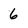
Character: 6